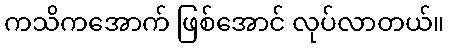
ကသိကအောက် ဖြစ်အောင် လုပ်လာတယ်။